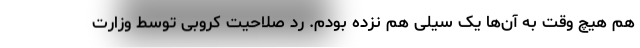
هم هیچ وقت به آن‌ها یک سیلی هم نزده بودم. رد صلاحیت کروبی توسط وزارت